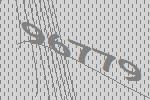
96779